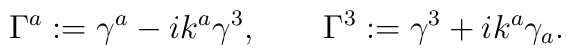
\Gamma^a := \gamma^a - i k^a \gamma^3, \qquad  \Gamma^3 := \gamma^3 + i k^a \gamma_a.